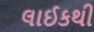
લાઈકથી